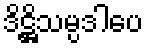
ဒိဋ္ဌိသမ္ပဒါပေ